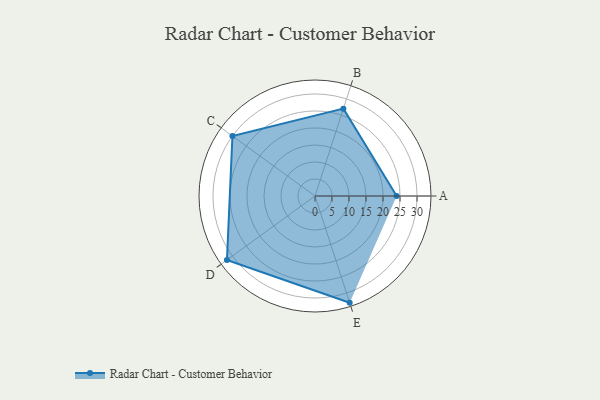
{"axis": {"x": "Skill", "y": "Score"}, "legend": ["Profile"], "data": [{"x": "A", "y": 24.0, "type": "Profile"}, {"x": "B", "y": 27.0, "type": "Profile"}, {"x": "C", "y": 30.0, "type": "Profile"}, {"x": "D", "y": 32.0, "type": "Profile"}, {"x": "E", "y": 33.0, "type": "Profile"}]}